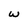
Character: w